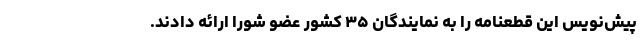
پیش‌نویس این قطعنامه را به نمایندگان ۳۵ کشور عضو شورا ارائه دادند.